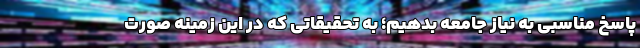
پاسخ مناسبی به نیاز جامعه بدهیم؛ به تحقیقاتی که در این زمینه صورت